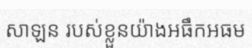
សាឡន របស់ខ្លួនយ៉ាងអធឹកអធម